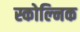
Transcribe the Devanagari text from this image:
स्कोल्निक